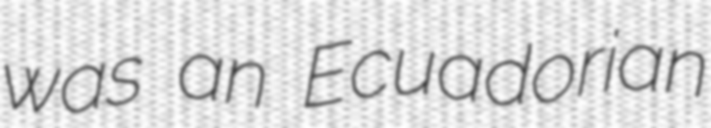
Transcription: was an Ecuadorian